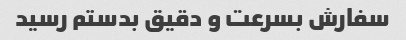
سفارش بسرعت و دقیق بدستم رسید